Vaccination in Bombay 1869-1873 - 1869-1873
Year: 1869
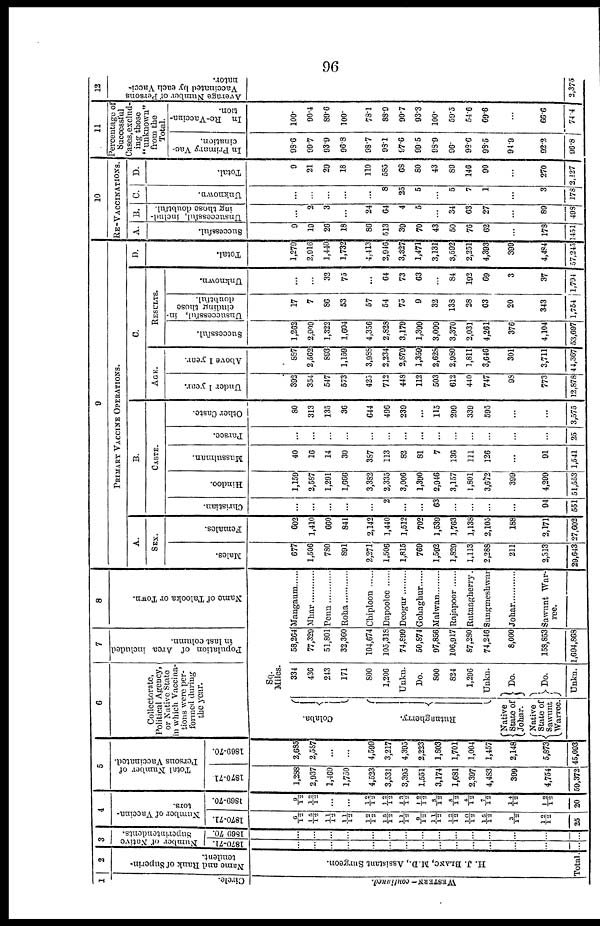
96
1
Circle.
WESTERN- continued.
2
Name and Rank of Superin-
tendent.
H. J. BLANC, M.D., Assistant Surgeon.
Total.
3
Number of Native
Superintendents.
1870-71.
...
...
...
...
...
...
...
...
...
...
...
...
...
...
...
1869 70.
...
...
...
...
...
...
...
...
...
...
...
...
...
...
...
4
Number of Vaccina-
tors.
1870-71.
6/12
15/12
11/12
11/12
12/12
15/12
11/12
9/12
11/12
12/12
10/12
15/12
3/12
12/12
25
1869-70.
9/12
12/12
...
...
12/12
12/12
13/12
12/12
8/12
8/12
4/12
7/12
14/12
12/12
20
5
Total Number of
Persons Vaccinated.
1870-71
1,288
2,937
1,469
1,750
4,523
3,531
3,395
1,551
3,174
1,681
2,397
4,483
399
4,754
59,372
1869-70.
2,685
2,587
...
...
4,599
3,217
4,395
2,223
1,803
1,701
1,004
1,457
2,148
5,873
45,093
6
Collectorate,
Political Agency,
or Native State
in which Vaccina-
tions were per-
formed during
the year.
7
Population of Area included
in last column.
8
Name of Talooka or Town.
Sq.
Miles.
Colaba.
Rutnagherry.
Native
State of
Johar.
Native
State of
Sawunt
Warree.
334
436
243
171
800
1,206
Unkn.
Do.
800
824
1,296
Unkn.
Do.
Do.
Unkn.
58,264
77,329
51,801
32,360
104,674
105,318
74,899
50,874
97,856
106,917
87,280
74,246
8,000
158,853
1,694,868
Mangaum ......
Mhar ............
Penn ............
Roha ............
Chiploon ......
Dapoolee ......
Deogur .........
Gohaghur ......
Malwan .........
Rajapoor
Rutnagherry.
Sungmeshwar
Johar ............
Sawnnt War-
ree.
9
PRIMARY VACCINE OPERATIONS.
A.
SEX.
Males.
677
1,506
780
891
2,271
1,506
1,815
769
1,592
1,829
1,113
2,288
211
2,313
29,643
Females.
602
1,410
660
841
2,142
1,440
1,512
702
1,539
1,763
1,138
2,105
188
2,171
27,602
B.
CASTE.
Christian.
...
...
...
...
...
2
...
...
63
...
...
...
...
94
551
Hindoo.
1,159
2,587
1,291
1,666
3,382
2,335
3,006
1,390
2,946
3,157
1,801
3,672
399
4,299
51,553
Mussulman.
40
16
14
30
387
113
82
81
7
136
111
126
...
91
1,541
Parscc.
...
...
...
...
...
...
...
...
...
...
...
...
...
...
25
Other Caste.
80
313
135
36
644
496
239
...
115
299
339
595
...
...
3,575
C.
AGE.
Under 1 year.
392
354
547
573
425
712
448
112
503
612
440
747
98
773
12,878
Above 1 year.
887
2,562
893
1,159
3,988
2,234
2,879
1,359
2,628
2,980
1,811
3,646
301
3,711
44,367
RESULTS.
Successful.
1,262
2,909
1,322
1,604
4,356
2,828
3,179
1,399
3,099
3,370
2,031
4,261
376
4,104
53,697
Unsuccessful, in-
cluding those
doubtful.
17
7
86
53
57
54
75
9
32
138
28
63
20
343
1,754
Unknown.
...
...
32
75
...
64
73
63
...
84
192
69
3
37
1,794
D.
Total.
1,279
2,916
1,440
1,732
4,413
2,946
3,327
1,471
3,131
3,592
2,251
4,393
399
4,484
57,245
10
RE-VACCINATIONS.
A.
Successful.
9
19
26
18
86
513
39
70
43
50
76
62
...
178
1451
B.
Unsuccessful, includ-
ing those doubtful.
...
2
3
...
24
64
4
5
...
34
63
27
...
89
498
C.
Unknown.
...
...
...
...
...
8
25
5
...
5
7
1
...
3
178
D.
Total.
9
21
29
18
110
585
68
80
43
89
146
90
...
270
2,127
11
Percentage of
Successful
Cases, exclud-
ing those
"unknown"
from the
In Primary Vac-
cination.
98.6
99.7
93.9
96.8
98.7
98.1
97.6
99.5
98.9
90.
99.6
98.5
91.9
92.2
96.8
In Re-Vaccina-
tion.
100.
90.4
89.6
100.
78.1
88.9
90.7
93.3
100.
59.5
54.6
69.6
...
66.6
74.4
12
Average Number of Persons
Vaccinated by each Vacci-
nator.
2,375